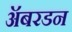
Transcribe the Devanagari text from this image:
ॲबरडन